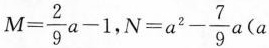
$$M = \frac { 2 } { 9 } a - 1$$,$$N = a ^ { 2 } - \frac { 7 } { 9 } a$$(a